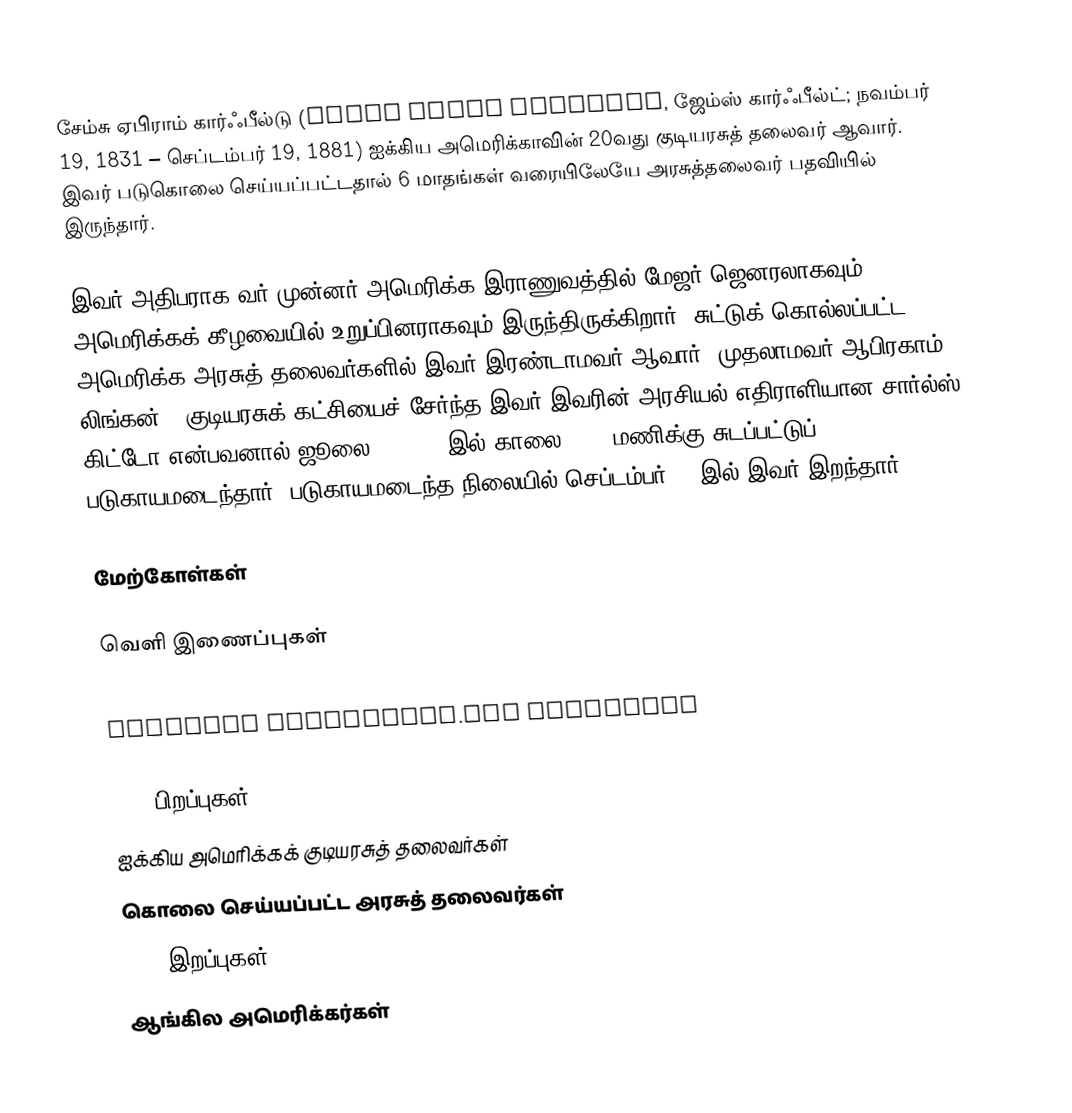
சேம்சு ஏபிராம் கார்ஃபீல்டு (James Abram Garfield, ஜேம்ஸ் கார்ஃபீல்ட்; நவம்பர் 19, 1831 – செப்டம்பர் 19, 1881) ஐக்கிய அமெரிக்காவின் 20வது குடியரசுத் தலைவர் ஆவார். இவர் படுகொலை செய்யப்பட்டதால் 6 மாதங்கள் வரையிலேயே அரசுத்தலைவர் பதவியில் இருந்தார்.

இவர் அதிபராக வர் முன்னர் அமெரிக்க இராணுவத்தில் மேஜர் ஜெனரலாகவும், அமெரிக்கக் கீழவையில் உறுப்பினராகவும் இருந்திருக்கிறார். சுட்டுக் கொல்லப்பட்ட அமெரிக்க அரசுத் தலைவர்களில் இவர் இரண்டாமவர் ஆவார் (முதலாமவர் ஆபிரகாம் லிங்கன்). குடியரசுக் கட்சியைச் சேர்ந்த இவர் இவரின் அரசியல் எதிராளியான சார்ல்ஸ் கிட்டோ என்பவனால் ஜூலை 2, 1881 இல் காலை 9:30 மணிக்கு சுடப்பட்டுப் படுகாயமடைந்தார். படுகாயமடைந்த நிலையில் செப்டம்பர் 19 இல் இவர் இறந்தார்.

மேற்கோள்கள்

வெளி இணைப்புகள்
 Garfield, Harding, and Arthur
 Official whitehouse.gov biography

1831 பிறப்புகள்
ஐக்கிய அமெரிக்கக் குடியரசுத் தலைவர்கள்
கொலை செய்யப்பட்ட அரசுத் தலைவர்கள்
1881 இறப்புகள்
ஆங்கில அமெரிக்கர்கள்